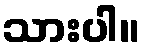
သားပါ။